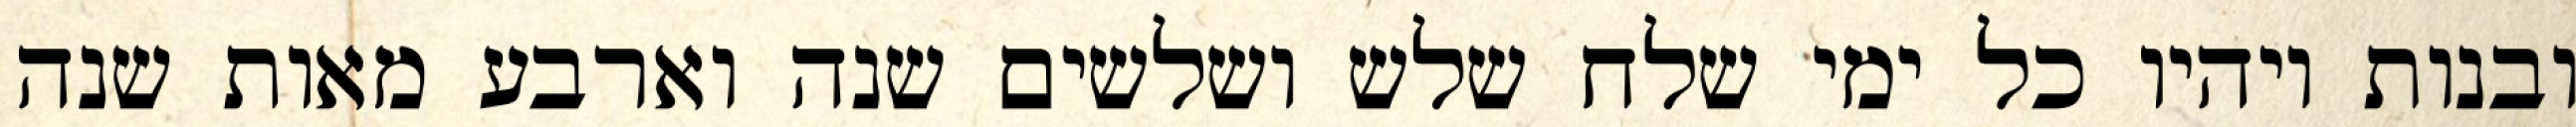
ובנות ויהיו כל ימי שלח שלש ושלשים שנה וארבע מאות שנה